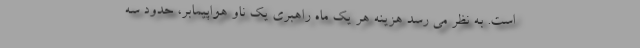
است. به نظر می رسد هزینه هر یک ماه راهبری یک ناو هواپیمابر، حدود سه